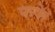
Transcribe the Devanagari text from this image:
फफे